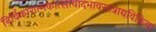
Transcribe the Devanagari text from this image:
निर्विकारात्मकात्सत्वादभावस्तत्राद्यविक्रिया